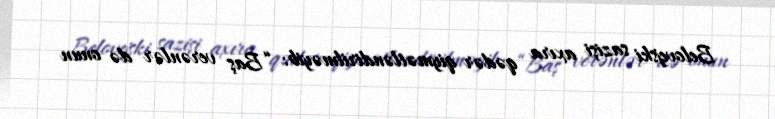
Belovejski sazişi axıra qədər qiymətləndirilməyib: “Baş verənlər də onun